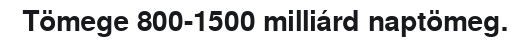
Tömege 800-1500 milliárd naptömeg.